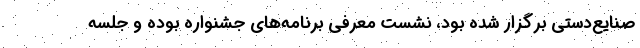
صنایع‌دستی برگزار شده بود، نشست معرفی برنامه‌های جشنواره بوده‌ و جلسه